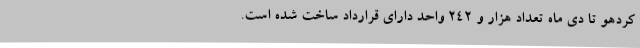
کردهو تا دی ماه تعداد هزار و 242 واحد دارای قرارداد ساخت شده است.